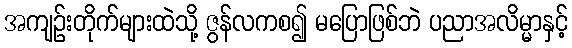
အကျဉ်းတိုက်များထဲသို့ ဇွန်လကစ၍ မပြောဖြစ်ဘဲ ပညာအလိမ္မာနှင့်